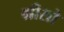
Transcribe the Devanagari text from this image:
ग्रीसो